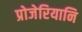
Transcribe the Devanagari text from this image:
प्रोजेरियानि